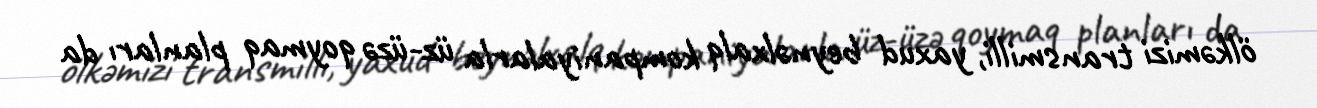
ölkəmizi transmilli, yaxud beynəlxalq kompaniyalarla üz-üzə qoymaq planları da